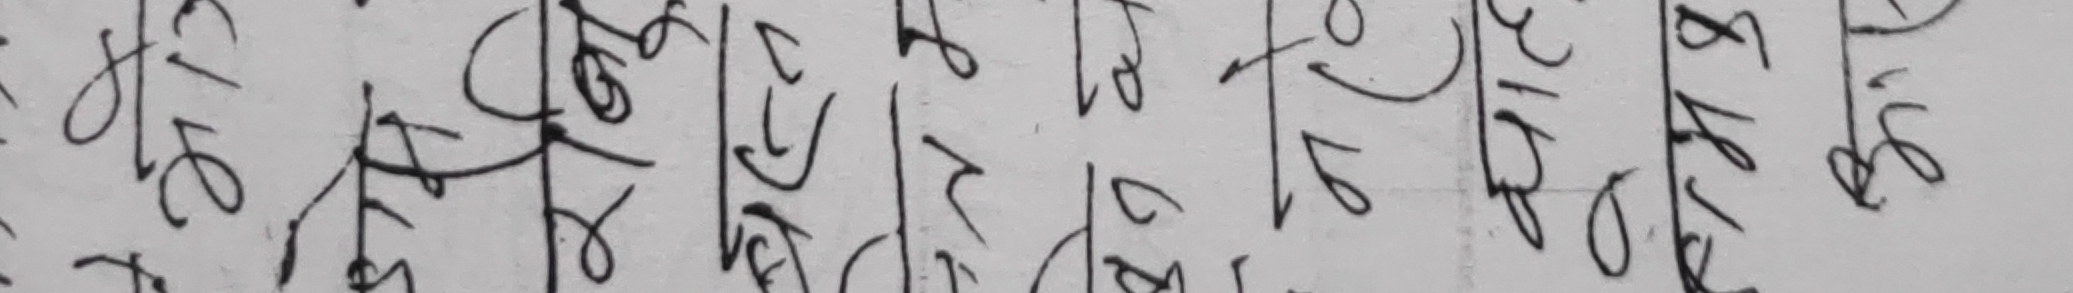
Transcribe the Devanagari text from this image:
बैंकिङ